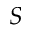
S